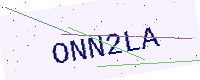
Text: ONN2LA